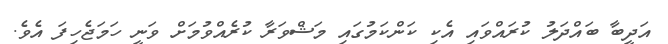
އަދީބާ ބައްދަލު ކުރައްވައި އެކި ކަންކަމުގައި މަޝްވަރާ ކުރެއްވުމަށް ވަނީ ހަމަޖެހިފަ އެވެ.